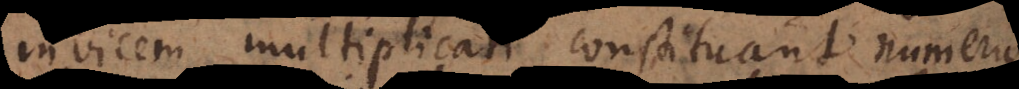
invicem multiplicati constituant numerum